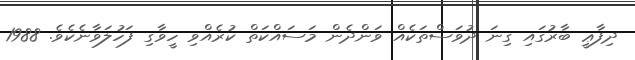
ދިފާޢީ ބާރުގައި ގިނަ ދުވަސްތަކެއް ވަންދެން މަސައްކަތް ކުރެއްވި ހީވާގި ފަހުލަވާނެކެވެ. 1988